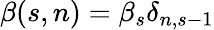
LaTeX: \beta(s,n)=\beta_{s}\delta_{n,s-1}